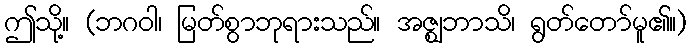
ဤသို့။ (ဘဂဝါ၊ မြတ်စွာဘုရားသည်။ အဇ္ဈဘာသိ၊ ရွတ်တော်မူ၏။)